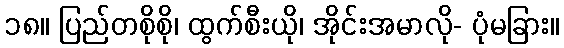
၁၈။ ပြည်တစိုစို၊ ထွက်စီးယို၊ အိုင်းအမာလို- ပုံမခြား။